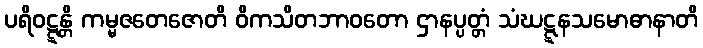
ပရိဝဋ္ဋန္တိ ကမ္မဇတေဇောတိ ဝိကသိတဘာဝတော ဌာနပ္ပတ္တံ သံဃဋ္ဋနသမောဓာနာတိ